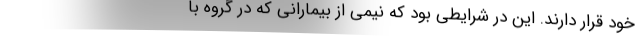
خود قرار دارند. این در شرایطی بود که نیمی از بیمارانی که در گروه با